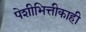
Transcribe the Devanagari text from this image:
पेशीभित्तीकाही